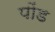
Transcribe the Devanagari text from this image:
पोंड